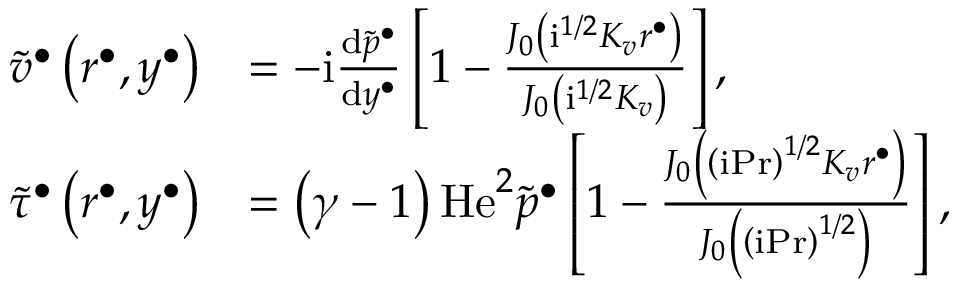
\begin{array} { r l } { \widetilde { v } ^ { \bullet } \left( r ^ { \bullet } , y ^ { \bullet } \right) } & { = - \mathrm { i } \frac { \mathrm { d } \widetilde { p } ^ { \bullet } } { \mathrm { d } y ^ { \bullet } } \left[ 1 - \frac { J _ { 0 } \left( \mathrm { i } ^ { 1 / 2 } K _ { v } r ^ { \bullet } \right) } { J _ { 0 } \left( \mathrm { i } ^ { 1 / 2 } K _ { v } \right) } \right] , } \\ { \widetilde { \tau } ^ { \bullet } \left( r ^ { \bullet } , y ^ { \bullet } \right) } & { = \left( \gamma - 1 \right) \mathrm { H e } ^ { 2 } \widetilde { p } ^ { \bullet } \left[ 1 - \frac { J _ { 0 } \left( \left( \mathrm { i } \mathrm { P r } \right) ^ { 1 / 2 } K _ { v } r ^ { \bullet } \right) } { J _ { 0 } \left( \left( \mathrm { i } \mathrm { P r } \right) ^ { 1 / 2 } \right) } \right] , } \end{array}